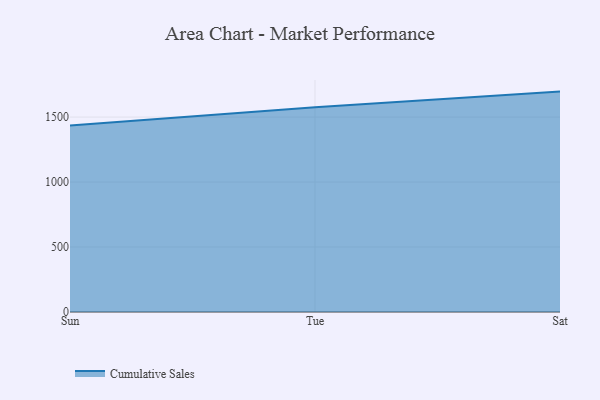
{"axis": {"x": "Day", "y": "Active Users"}, "legend": ["Cumulative Sales"], "data": [{"x": "Sun", "y": 1435.6, "type": "Cumulative Sales"}, {"x": "Tue", "y": 1576.5, "type": "Cumulative Sales"}, {"x": "Sat", "y": 1696.2, "type": "Cumulative Sales"}]}